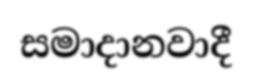
සමාදානවාදී